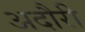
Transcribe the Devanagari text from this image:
अदौरी